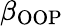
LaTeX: \beta_{\textrm{OOP}}